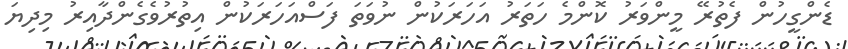
ޑެންގީހުން ފެތުރޭ މީންވަރު ކޮންމެ ހަތަރު އަހަރަކުން ނުވަތަ ފަސްއަހަރަކުން އިތުރުވެގެންދާއިރު މިދިޔަ